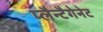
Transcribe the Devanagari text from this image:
प्लैन्टैगेनेट